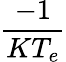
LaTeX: \frac{-1}{KT_{e}}